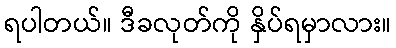
ရပါတယ်။ ဒီခလုတ်ကို နှိပ်ရမှာလား။